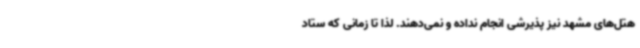
هتل‌های مشهد نیز پذیرشی انجام نداده و نمی‌دهند. لذا تا زمانی که ستاد